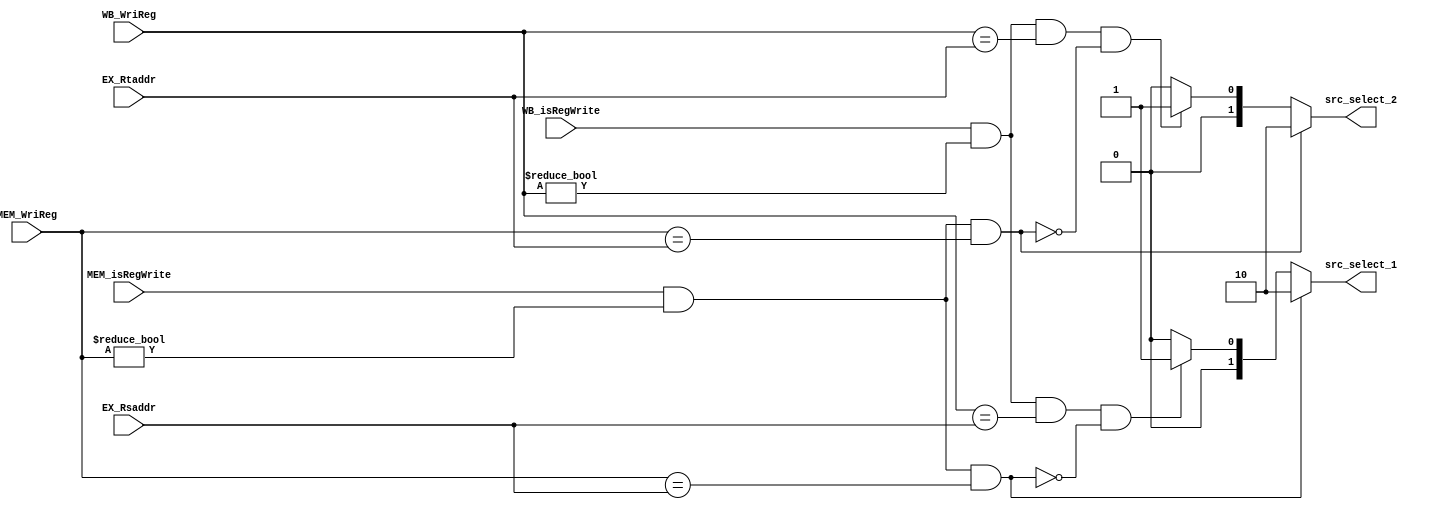
module Fwrd_Unit(EX_Rsaddr, EX_Rtaddr, MEM_WriReg, MEM_isRegWrite, WB_WriReg, WB_isRegWrite, src_select_1, src_select_2);

input      [5-1:0] EX_Rsaddr;
input      [5-1:0] EX_Rtaddr;
input      [5-1:0] MEM_WriReg;
input       MEM_isRegWrite;
input      [5-1:0] WB_WriReg;
input       WB_isRegWrite;

output wire [1:0]src_select_1;
output wire [1:0]src_select_2;
//10for EX hazard 01 for MEM hazard
assign src_select_1=(MEM_isRegWrite && MEM_WriReg!=0 &&MEM_WriReg==EX_Rsaddr)?2'b10:
					(WB_isRegWrite && WB_WriReg!=0 && WB_WriReg==EX_Rsaddr && ~(MEM_isRegWrite && MEM_WriReg!=0 &&MEM_WriReg==EX_Rsaddr))?2'b01:2'b0;
assign src_select_2=(MEM_isRegWrite && MEM_WriReg!=0 &&MEM_WriReg==EX_Rtaddr)?2'b10:
					(WB_isRegWrite && WB_WriReg!=0 && WB_WriReg==EX_Rtaddr && ~(MEM_isRegWrite && MEM_WriReg!=0 &&MEM_WriReg==EX_Rtaddr))?2'b01:2'b0;

endmodule